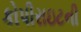
કોપીરાઇટની